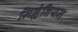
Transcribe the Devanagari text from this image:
मिल्लेनियम